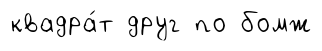
квадра́т друг по бомж